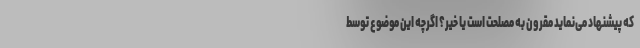
که پیشنهاد می‌نماید مقرون به مصلحت است یا خیر؟ اگرچه این موضوع توسط